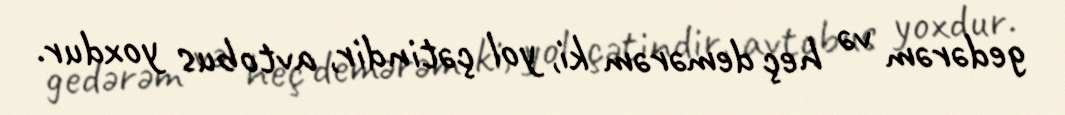
gedərəm və heç demərəm ki, yol çətindir, avtobus yoxdur.